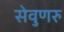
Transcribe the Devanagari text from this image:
सेवुणरु